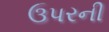
ઉપરની